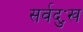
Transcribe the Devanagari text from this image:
सर्वदुःख